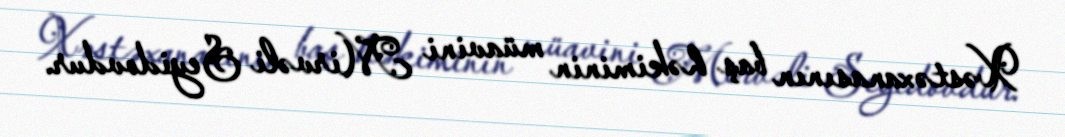
Xəstəxanasının baş həkiminin müavini Mirvəli Seyidovdur.